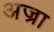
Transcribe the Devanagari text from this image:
अज्रा